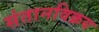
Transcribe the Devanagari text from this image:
संतानविक्रय